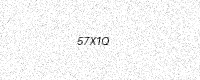
Text: 57X1Q